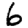
Digit: 6